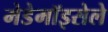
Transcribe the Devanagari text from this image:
मेडेमॉइसेले